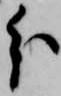
分